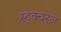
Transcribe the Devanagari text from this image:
स्ट्रक्चरज़